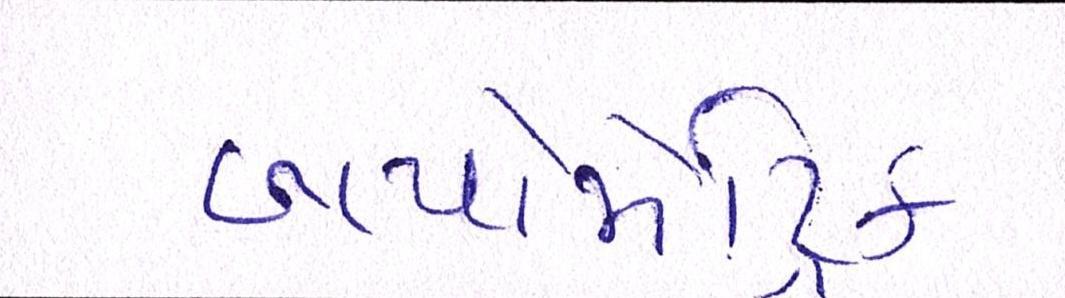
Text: બાયોમેટ્રિક